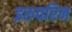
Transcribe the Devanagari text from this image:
इरुवरिन